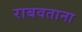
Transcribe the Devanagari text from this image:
राबवताना